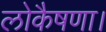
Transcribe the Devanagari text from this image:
लोकैषणा।